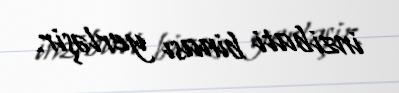
inzibati binası yerləşir.